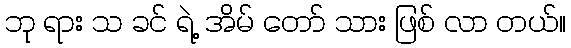
ဘု ရား သ ခင် ရဲ့ အိမ် တော် သား ဖြစ် လာ တယ်။